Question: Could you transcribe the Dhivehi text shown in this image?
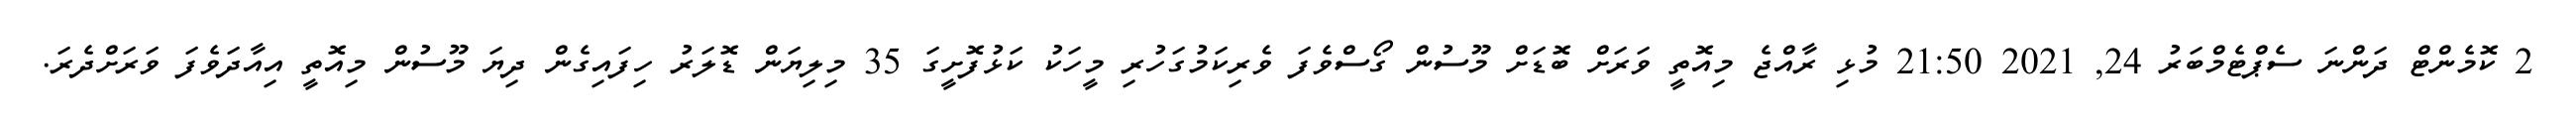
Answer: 2 ކޮމެންޓް ދަންނަ ސެޕްޓެމްބަރު 24, 2021 21:50 މުޅި ރާއްޖެ މިއޮތީ ވަރަށް ބޮޑަށް މޫސުން ގޯސްވެފަ ވެރިކަމުގަހުރި މީހަކު ކަޅުފޮށީގަ 35 މިލިޔަން ޑޮލަރު ހިފައިގެން ދިޔަ މޫސުން މިއޮތީ އިއާދަވެފަ ވަރަށްދެރަ.